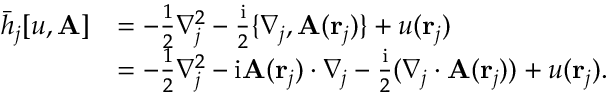
\begin{array} { r l } { \bar { h } _ { j } [ u , \mathbf { A } ] } & { = - \frac { 1 } { 2 } \nabla _ { j } ^ { 2 } - \frac { \mathrm { i } } { 2 } \{ \nabla _ { j } , \mathbf { A } ( \mathbf { r } _ { j } ) \} + u ( \mathbf { r } _ { j } ) } \\ & { = - \frac { 1 } { 2 } \nabla _ { j } ^ { 2 } - \mathrm { i } \mathbf { A } ( \mathbf { r } _ { j } ) \cdot \nabla _ { j } - \frac { \mathrm { i } } { 2 } ( \nabla _ { j } \cdot \mathbf { A } ( \mathbf { r } _ { j } ) ) + u ( \mathbf { r } _ { j } ) . } \end{array}